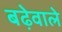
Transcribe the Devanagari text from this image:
बढ़ेवाले